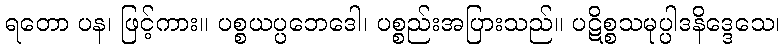
ရတော ပန၊ ဖြင့်ကား။ ပစ္စယပ္ပဘေဒေါ၊ ပစ္စည်းအပြားသည်။ ပဋိစ္စသမုပ္ပါဒနိဒ္ဒေသေ၊